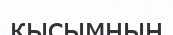
кысымның